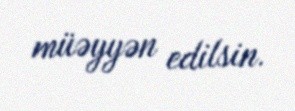
müəyyən edilsin.